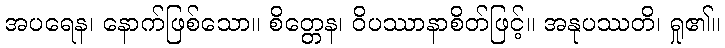
အပရေန၊ နောက်ဖြစ်သော။ စိတ္တေန၊ ဝိပဿာနာစိတ်ဖြင့်။ အနုပဿတိ၊ ရှု၏။